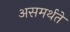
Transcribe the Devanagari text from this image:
असमर्थते